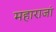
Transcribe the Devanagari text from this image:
महाराजां